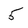
Character: 5